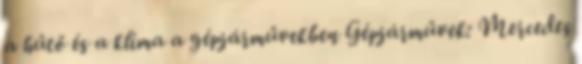
a hűtő és a klíma a gépjárművekben Gépjárművek: Mercedes